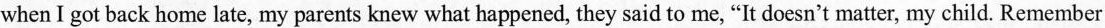
when I got back home late, my parents knew what happened, they said to me, "It doesn't matter, my child. Remember